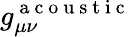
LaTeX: g_{\mu\nu}^{\mathrm{~a~c~o~u~s~t~i~c~}}